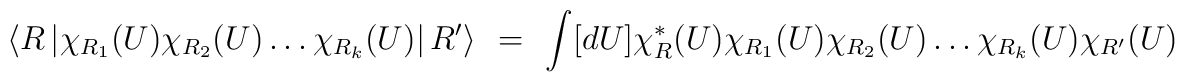
\left<R\left| \chi_{R_1}(U)\chi_{R_2}(U)\ldots\chi_{R_k}(U)\right|R'\right>~=~\int [dU]  \chi^*_R(U)\chi_{R_1}(U)\chi_{R_2}(U)\ldots\chi_{R_k}(U)\chi_{R'}(U)